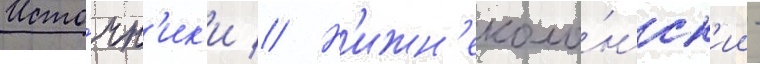
Исто́чн'ик'и // Н'ижн'еколо́нск'ии -